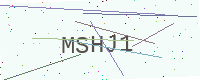
Text: MSHJ1